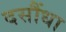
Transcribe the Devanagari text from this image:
दसौंधा